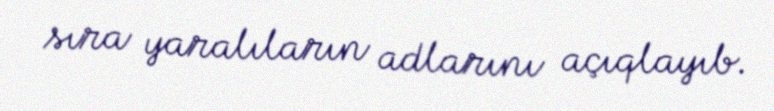
sıra yaralıların adlarını açıqlayıb.